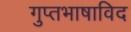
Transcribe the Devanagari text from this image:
गुप्तभाषाविद